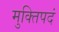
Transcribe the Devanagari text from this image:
मुक्तिपदं